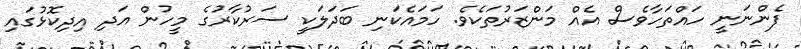
ފެންނަނީ ހައްތަހާވެސް އެއް މަންޒަރުތަކެވެ. ހަމައެކަނި ބަދަލަކީ ސަރުކާރުގެ މީހުން އަދި އިދިކޮޅުގައި